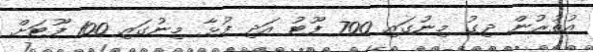
އުތުރުން ދިގު މިނުގައި 700 ފޫޓު އަދި ފުޅާ މިނުގައި 100 ފޫޓަށް